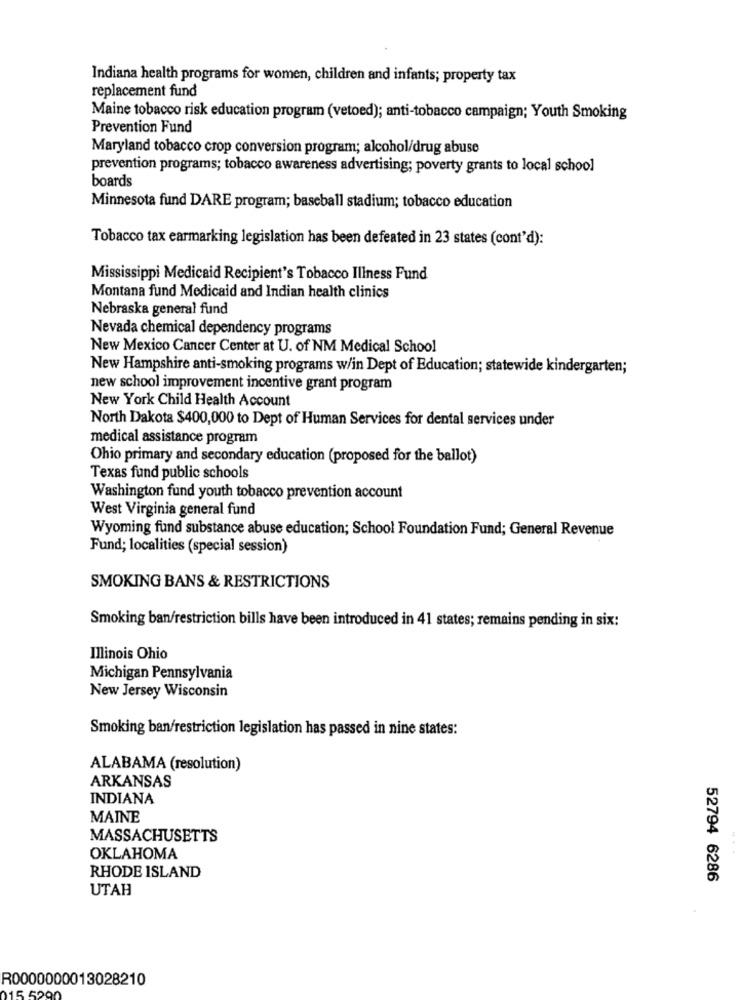
Indiana health programs for women, children and infants; property tax
replacement fund
Maine tobacco risk education program (vetoed); anti-tobacco campaign; Youth Smoking
Prevention Fund
Maryland tobacco crop conversion program; alcohol/drug abuse
prevention programs; tobacco awareness advertising; poverty grants to local school
boards
Minnesota fund DARE program; baseball stadium; tobacco education
Tobacco tax earmarking legislation has been defeated in 23 states (cont'd):
Mississippi Medicaid Recipient's Tobacco Illness Fund
Montana fund Medicaid and Indian health clinics
Nebraska general fund
Nevada chemical dependency programs
New Mexico Cancer Center at U. of NM Medical School
New Hampshire anti-smoking programs w/in Dept of Education; statewide kindergarten;
new school improvement incentive grant program
New York Child Health Account
North Dakota $400,000 to Dept of Human Services for dental services under
medical assistance program
Ohio primary and secondary education (proposed for the ballot)
Texas fund public schools
Washington fund youth tobacco prevention account
West Virginia general fund
Wyoming fund substance abuse education; School Foundation Fund; General Revenue
Fund; localities (special session)
SMOKING BANS & RESTRICTIONS
Smoking ban/restriction bills have been introduced in 41 states; remains pending in six:
Illinois Ohio
Michigan Pennsylvania
New Jersey Wisconsin
Smoking ban/restriction legislation has passed in nine states:
ALABAMA (resolution)
ARKANSAS
INDIANA
MAINE
MASSACHUSETTS
OKLAHOMA
RHODE ISLAND
52794 6286
UTAH
R0000000013028210
015 5290